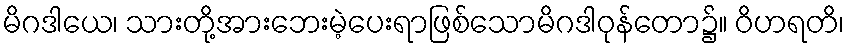
မိဂဒါယေ၊ သားတို့အားဘေးမဲ့ပေးရာဖြစ်သောမိဂဒါဝုန်တော၌။ ဝိဟရတိ၊